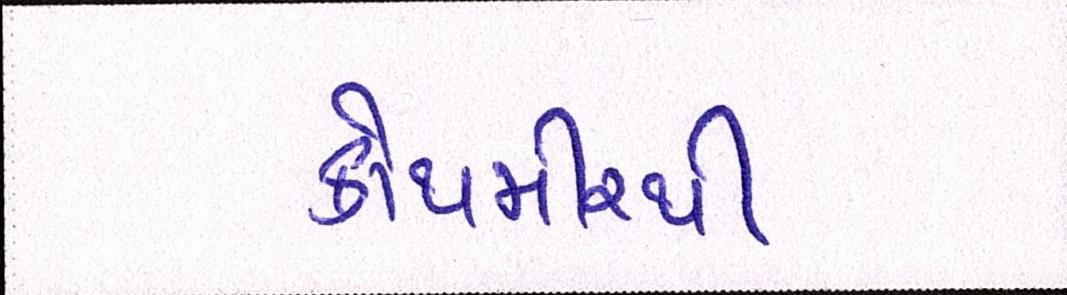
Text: કોથમીરથી